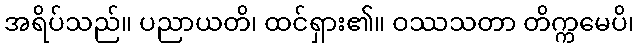
အရိပ်သည်။ ပညာယတိ၊ ထင်ရှား၏။ ဝဿသတာ တိက္ကမေပိ၊